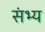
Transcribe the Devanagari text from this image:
संभ्य